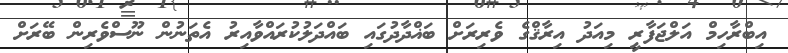
އިބްރާހިމް އަލްޖަފާރީ މިއަދު އިރާޤްގެ ވެރިރަށް ބަޣްދާދުގައި ބައްދަލުކުރައްވާއިރު އެތަނުން ނޫސްވެރިން ބޭރަށް